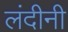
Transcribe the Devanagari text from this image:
लंदीनी